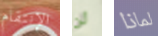
الإنتقام لن لماذا